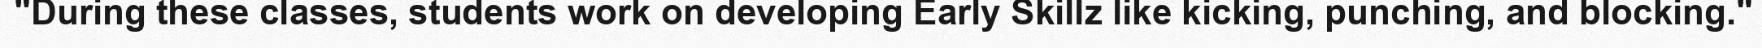
"During these classes, students work on developing Early Skillz like kicking, punching, and blocking."